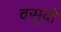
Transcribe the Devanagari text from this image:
वसुदो